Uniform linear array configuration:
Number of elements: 48
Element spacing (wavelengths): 0.75
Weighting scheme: kaiser
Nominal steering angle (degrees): -15
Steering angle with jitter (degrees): -15.856
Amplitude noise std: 0.05
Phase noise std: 0.05

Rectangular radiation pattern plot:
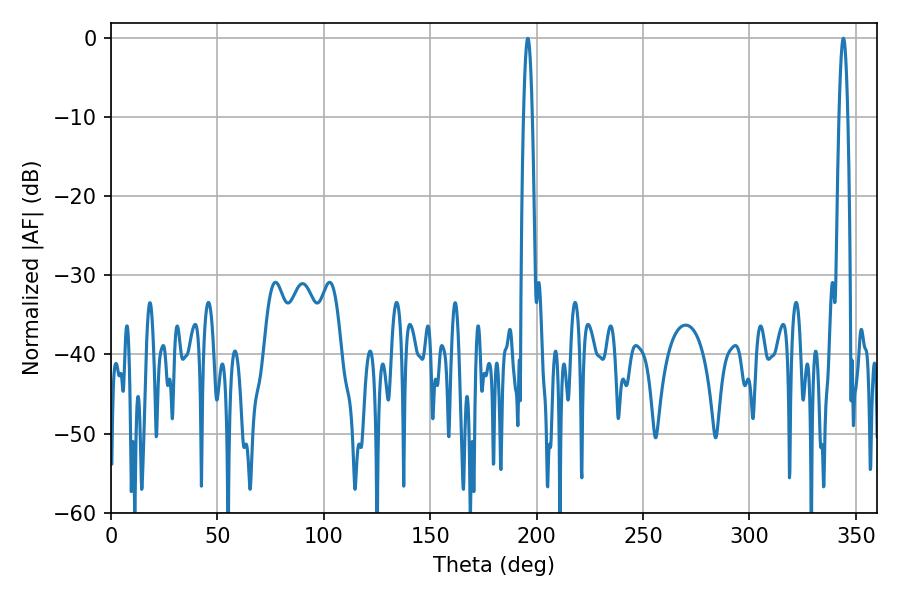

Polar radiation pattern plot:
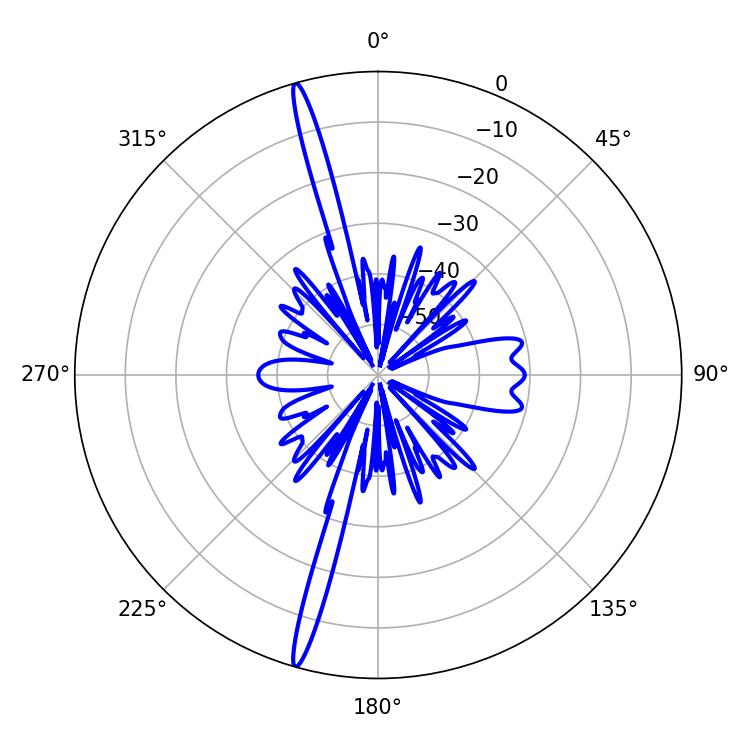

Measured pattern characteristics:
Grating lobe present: TRUE
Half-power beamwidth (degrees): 2.16
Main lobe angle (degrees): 195.84